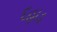
દહાડ